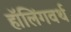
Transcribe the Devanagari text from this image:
हॉलिंगवर्थ